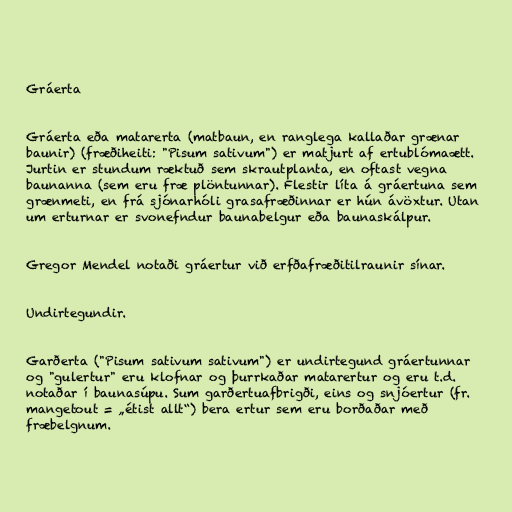
Gráerta

Gráerta eða matarerta (matbaun, en ranglega kallaðar grænar
baunir) (fræðiheiti: "Pisum sativum") er matjurt af ertublómaætt.
Jurtin er stundum ræktuð sem skrautplanta, en oftast vegna
baunanna (sem eru fræ plöntunnar). Flestir líta á gráertuna sem
grænmeti, en frá sjónarhóli grasafræðinnar er hún ávöxtur. Utan
um erturnar er svonefndur baunabelgur eða baunaskálpur.

Gregor Mendel notaði gráertur við erfðafræðitilraunir sínar.

Undirtegundir.

Garðerta ("Pisum sativum sativum") er undirtegund gráertunnar
og "gulertur" eru klofnar og þurrkaðar matarertur og eru t.d.
notaðar í baunasúpu. Sum garðertuafbrigði, eins og snjóertur (fr.
mangetout = „étist allt“) bera ertur sem eru borðaðar með
fræbelgnum.